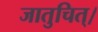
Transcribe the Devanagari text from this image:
जातुचित्।